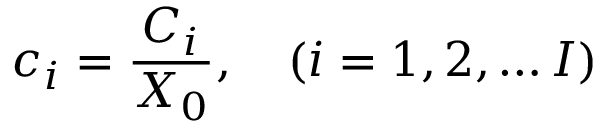
c _ { i } = \frac { C _ { i } } { X _ { 0 } } , \quad ( i = 1 , 2 , \dots I )